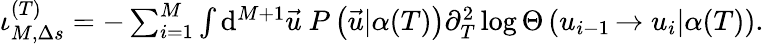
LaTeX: \begin{array}{r}{\iota_{M,\Delta s}^{(T)}=-\sum_{i=1}^{M}\int\mathrm{d}^{M+1}\vec{u}\ P\left(\vec{u}|\alpha(T)\right)\partial_{T}^{2}\log\Theta\left(u_{i-1}\left.\rightarrow u_{i}\right|\alpha(T)\right).}\end{array}